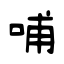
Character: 哺